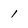
Character: 1